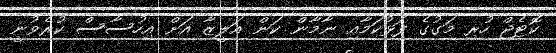
ކޮޓެޖް ހުރި މަގުގެ ފަޅުކަމާއި ނާމާން ކަން އަލީޒާ އަށް އިހުސާސް ކުރެވުނީ